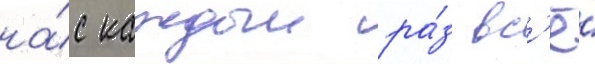
на́с каждыи ра́з вс'ё́